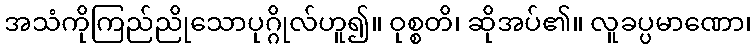
အသံကိုကြည်ညိုသောပုဂ္ဂိုလ်ဟူ၍။ ဝုစ္စတိ၊ ဆိုအပ်၏။ လူခပ္ပမာဏော၊